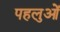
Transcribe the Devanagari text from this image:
पहलुओें